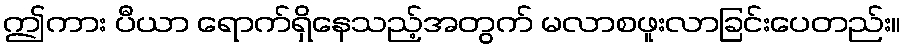
ဤကား ပီယာ ရောက်ရှိနေသည့်အတွက် မလာစဖူးလာခြင်းပေတည်း။